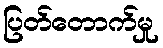
ပြတ်တောက်မှု